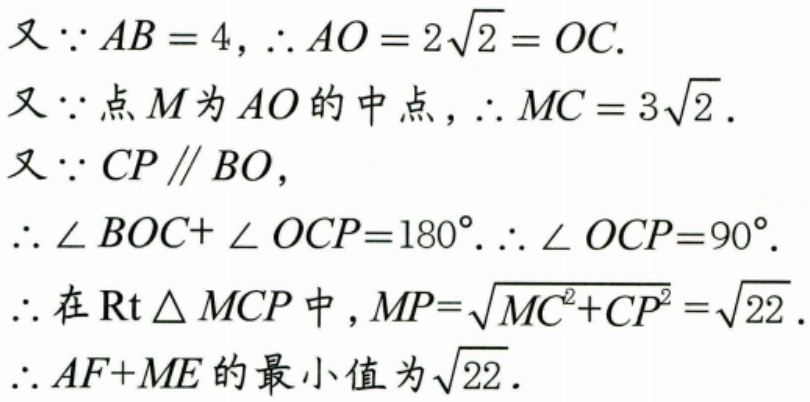
又\(\because AB = 4\)，\(\therefore AO = 2\sqrt{2}=OC\).
又\(\because\)点\(M\)为\(AO\)的中点，\(\therefore MC = 3\sqrt{2}\).
又\(\because CP\parallel BO\)，
\(\therefore\angle BOC+\angle OCP = 180^{\circ}.\therefore\angle OCP = 90^{\circ}\).
\(\therefore\)在\(\text{Rt}\triangle MCP\)中，\(MP=\sqrt{MC^{2}+CP^{2}}=\sqrt{22}\).
\(\therefore AF + ME\)的最小值为\(\sqrt{22}\).